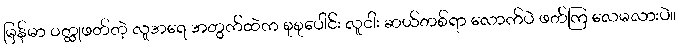
မြန်မာ ဝတ္ထုဖတ်တဲ့ လူအရေ အတွက်ထဲက စုစုပေါင်း လူငါး ဆယ်တစ်ရာ လောက်ပဲ ဖတ်ကြ လေမလားပဲ။